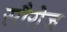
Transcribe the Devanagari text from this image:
सौरोज़